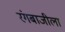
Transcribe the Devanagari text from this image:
रंगबाजीला